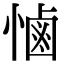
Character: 𢟧